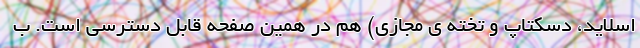
اسلاید، دسکتاپ و تخته ی مجازی) هم در همین صفحه قابل دسترسی است. ب